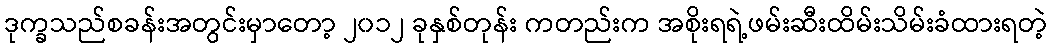
ဒုက္ခသည်စခန်းအတွင်းမှာတော့ ၂၀၁၂ ခုနှစ်တုန်း ကတည်းက အစိုးရရဲ့ဖမ်းဆီးထိမ်းသိမ်းခံထားရတဲ့